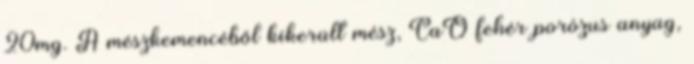
20mg. A mészkemencéből kikerült mész, CaO fehér porózus anyag,